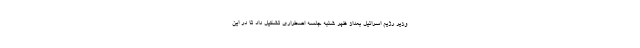
وزیر رژیم اسرائیل بعداز ظهر شنبه جلسه اضطراری تشکیل داد تا در این